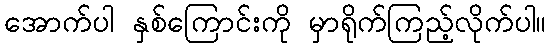
အောက်ပါ နှစ်ကြောင်းကို မှာရိုက်ကြည့်လိုက်ပါ။